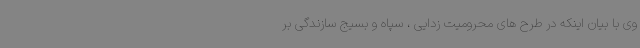
وی با بیان اینکه در طرح های محرومیت زدایی ، سپاه و بسیج سازندگی بر